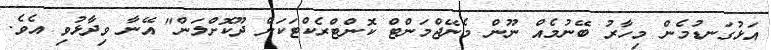
އަޅުގަނޑުމެން މިހާރު ބޭނުމެއް ނޫން މެނޭޖްމަންޓް ކޮންޓްރެކްޓަކަށް ދޫކޮށްލަން" އޭނާ ވިދާޅުވި އެވެ.